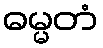
ဓမ္မတံ